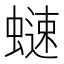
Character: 𧐒